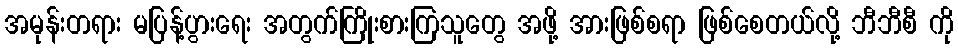
အမုန်းတရား မပြန့်ပွားရေး အတွက်ကြိုးစားကြသူတွေ အဖို့ အားဖြစ်စရာ ဖြစ်စေတယ်လို့ ဘီဘီစီ ကို